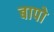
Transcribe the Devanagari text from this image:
बापो